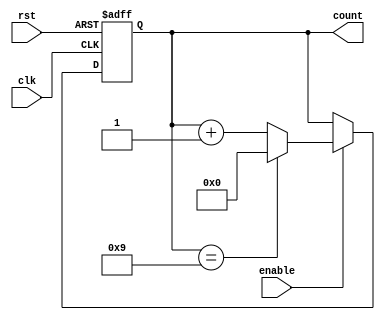
module bcd_up_counter_enable (
  input wire clk,
  input wire rst,
  input wire enable,
  output wire [3:0] count
);

reg [3:0] count_reg;

always @ (posedge clk or posedge rst) begin
  if (rst) begin
    count_reg <= 4'b0000;
  end else begin
    if (enable) begin
      if (count_reg == 4'b1001) begin
        count_reg <= 4'b0000;
      end else begin
        count_reg <= count_reg + 1;
      end
    end
  end
end

assign count = count_reg;

endmodule